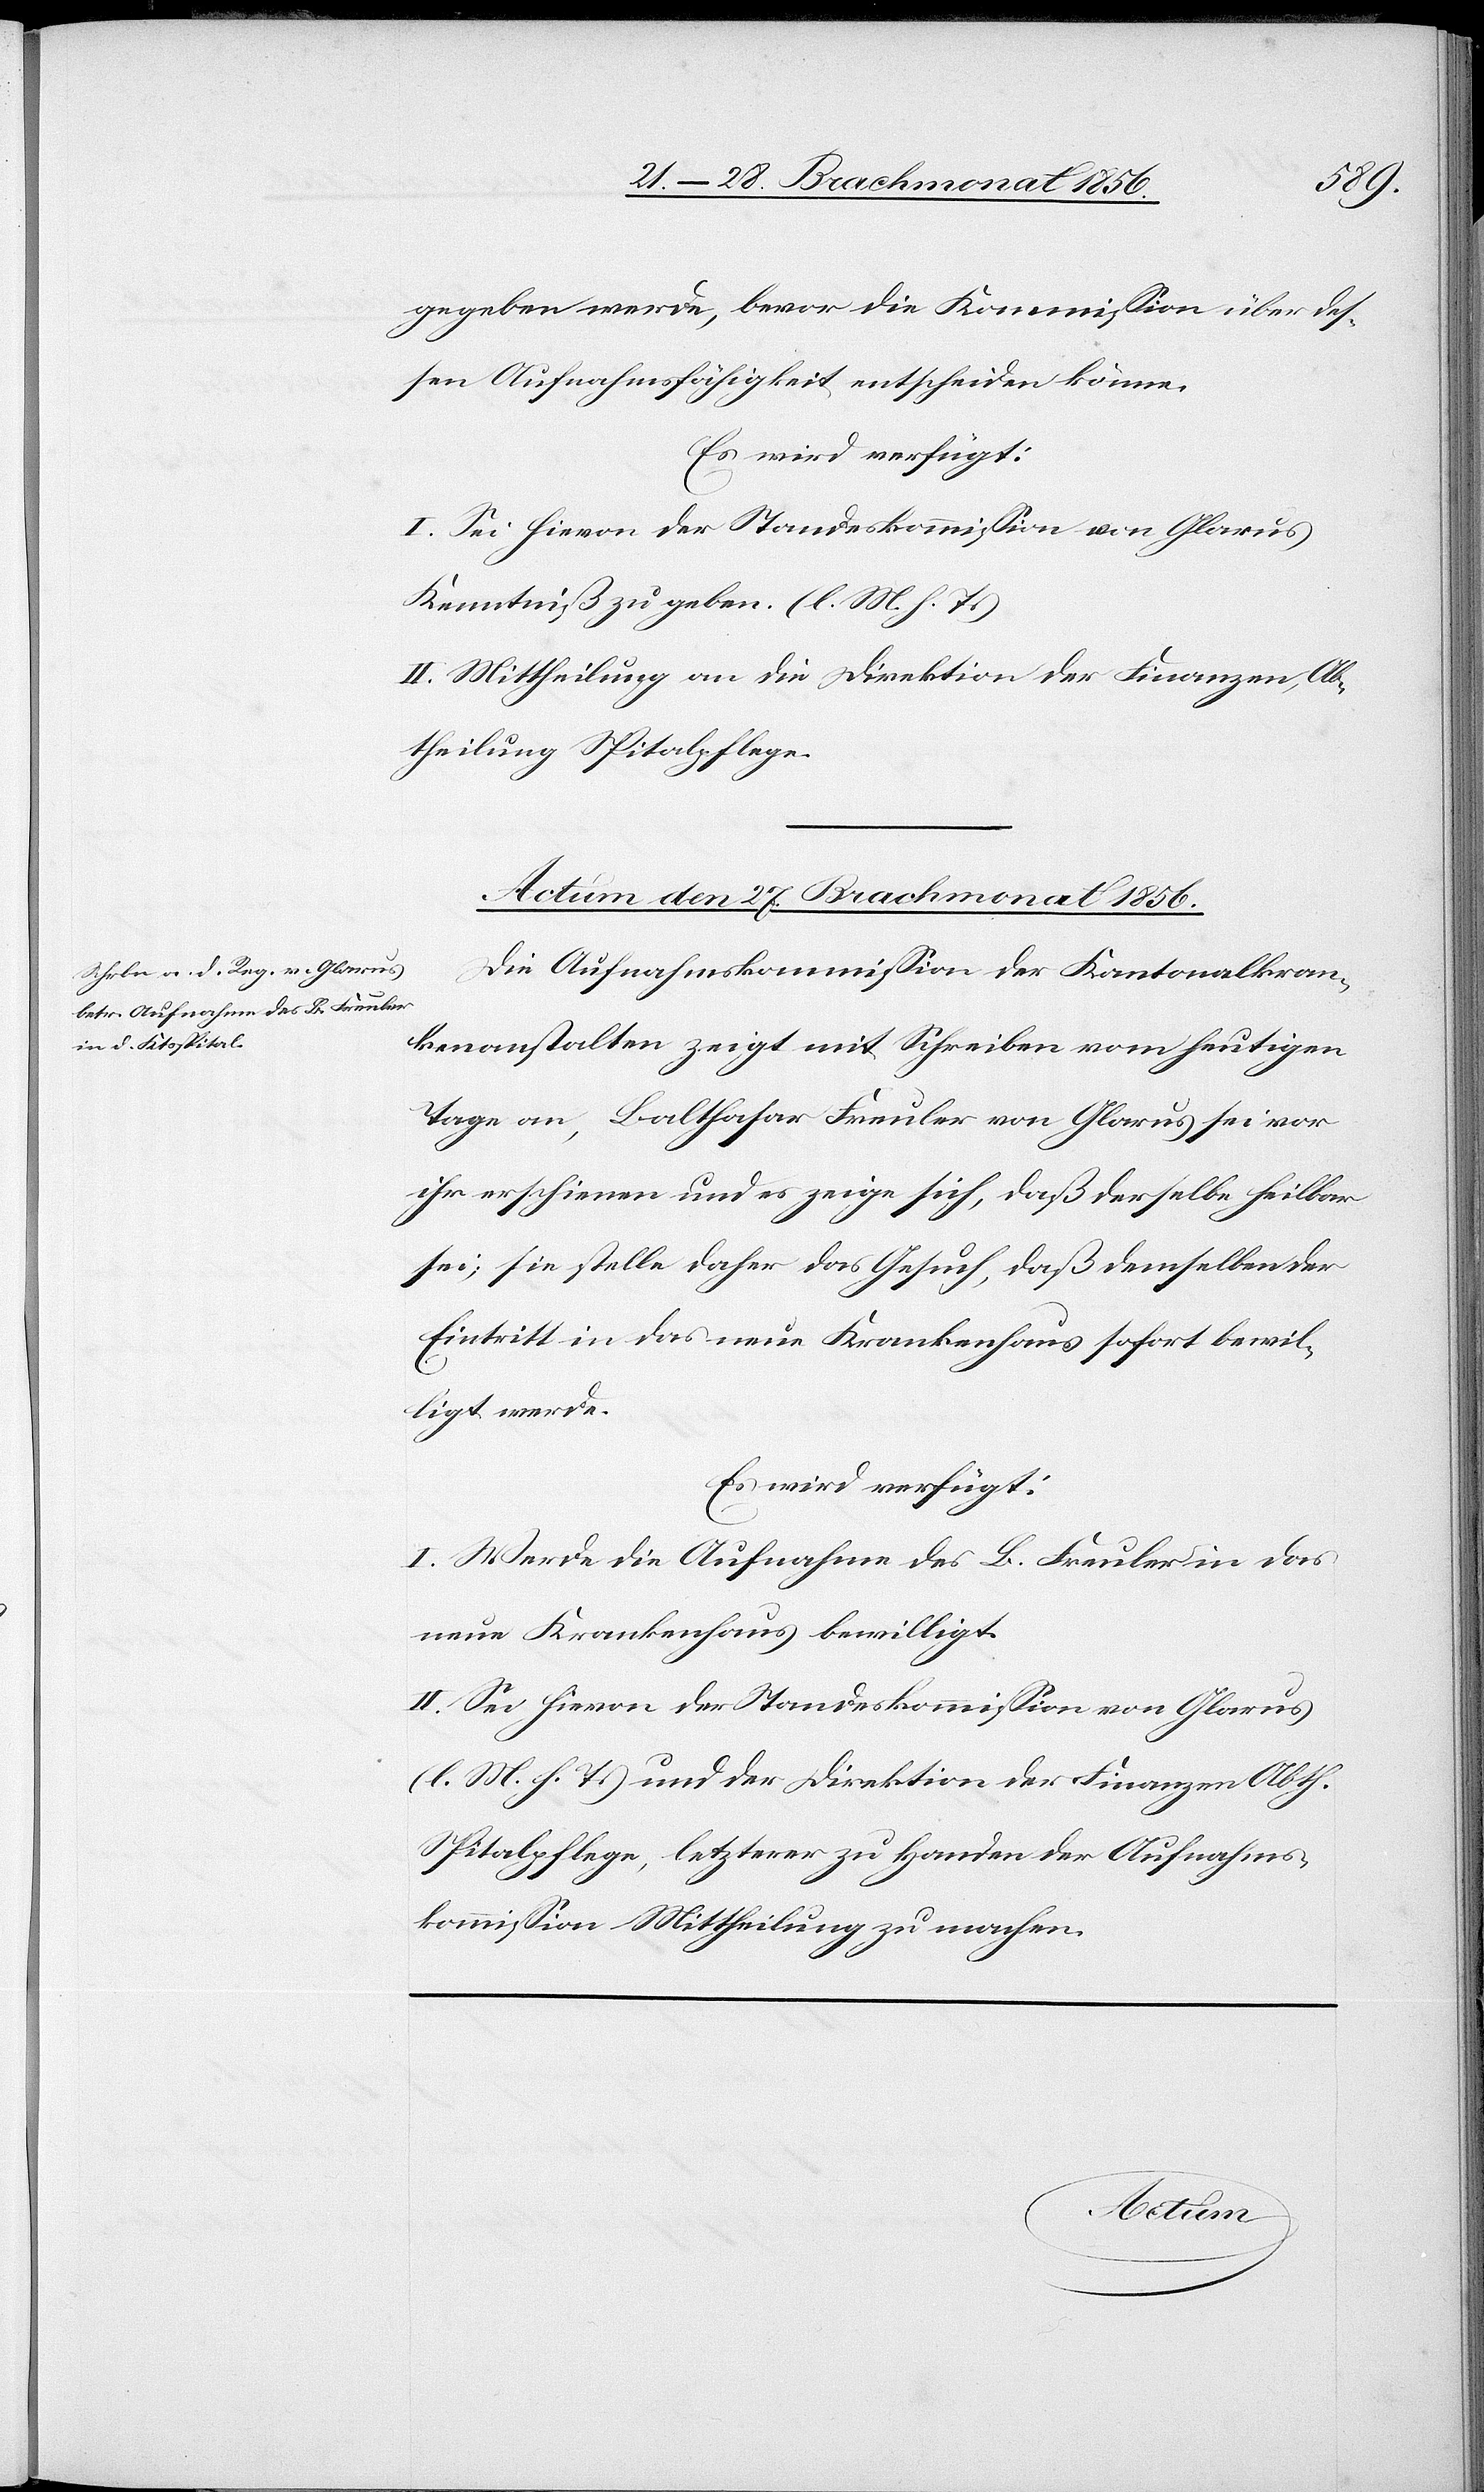
gegeben werde, bevor die Kommission über des¬
sen Aufnahmsfähigkeit entscheiden könne.
Es wird verfügt:
I. Sei hievon der Standeskommission von Glarus
Kenntniß zu geben. (l. M. h. T.)
II. Mittheilung an die Direktion der Finanzen, Ab¬
theilung Spitalpflege.
Actum den 27. Brachmonat 1856.
Die Aufnahmskommission der Kantonalkran¬
kenanstalten zeigt mit Schreiben vom heutigen
Tage an, Balthasar Freuler von Glarus sei vor
ihr erschienen und es zeige sich, daß derselbe heilbar
sei; sie stelle daher das Gesuch, daß demselben der
Eintritt in das neue Krankenhaus sofort bewil¬
ligt werde.
Es wird verfügt:
I. Werde die Aufnahme des B. Freuler in das
neue Krankenhaus bewilligt.
II. Sei hievon der Standeskommission von Glarus
(l. M. h. T.) und der Direktion der Finanzen Abth.
Spitalpflege, letzterer zu Handen der Aufnahms¬
kommission Mittheilung zu machen.